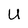
Character: U